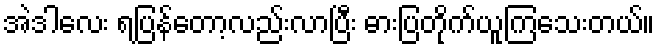
အဲဒါလေး ရပြန်တော့လည်းလာပြီး ဓားပြတိုက်ယူကြသေးတယ်။